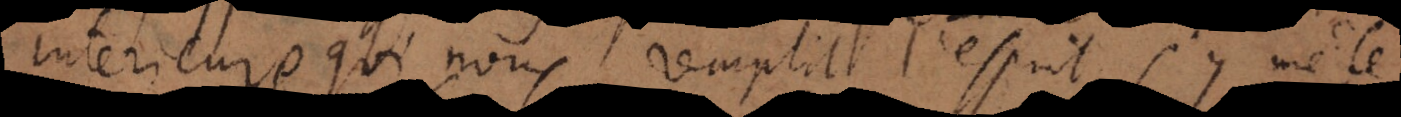
interieure qui nous remplit l’esprit, s’y mêl